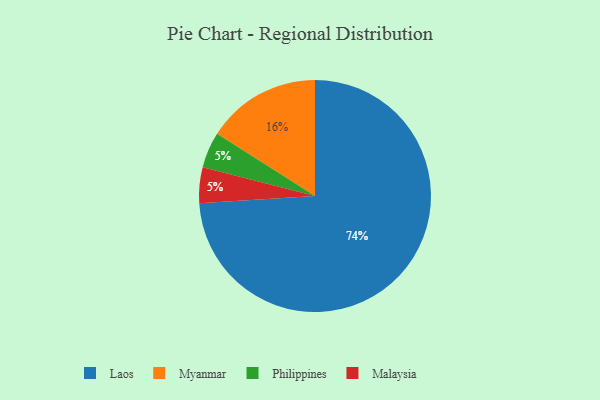
{"axis": {"x": "Category", "y": "Percentage"}, "legend": ["Laos", "Malaysia", "Myanmar", "Philippines"], "data": [{"x": "Myanmar", "y": 16, "type": "Myanmar"}, {"x": "Philippines", "y": 5, "type": "Philippines"}, {"x": "Malaysia", "y": 5, "type": "Malaysia"}, {"x": "Laos", "y": 74, "type": "Laos"}]}